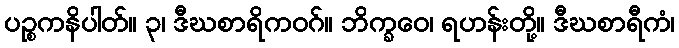
ပဉ္စကနိပါတ်။ ၃၊ ဒီဃစာရိကဝဂ်။ ဘိက္ခဝေ၊ ရဟန်းတို့။ ဒီဃစာရီကံ၊